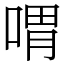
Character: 喟